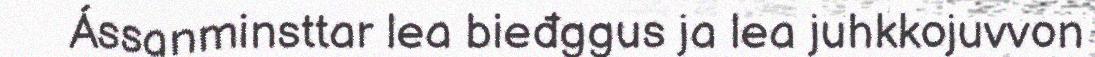
Ássanminsttar lea bieđggus ja lea juhkkojuvvon